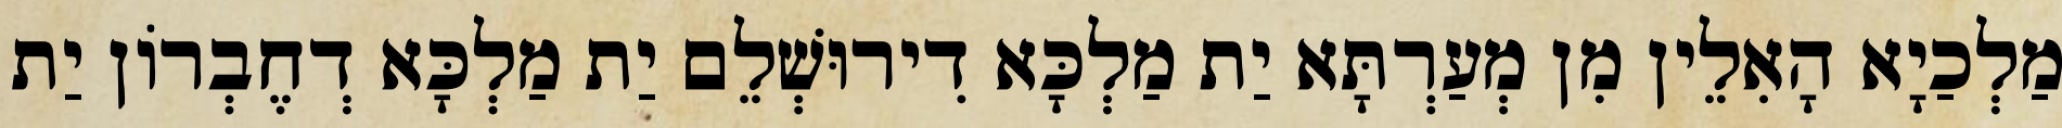
מַלְכַיָא הָאִלֵין מִן מְעַרְתָּא יַת מַלְכָּא דִירוּשְׁלֵם יַת מַלְכָּא דְחֶבְרוֹן יַת